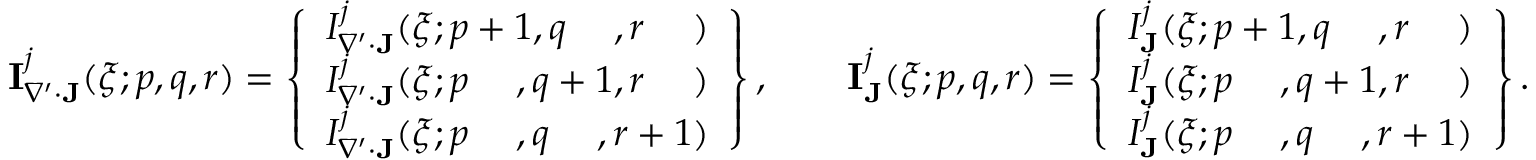
\begin{array} { r } { \mathbf { I } _ { \nabla ^ { \prime } \cdot \mathbf { J } } ^ { j } ( \boldsymbol { \xi } ; p , q , r ) = \left\{ \begin{array} { l } { I _ { \nabla ^ { \prime } \cdot \mathbf { J } } ^ { j } ( \boldsymbol { \xi } ; p + 1 , q \phantom { + 1 } , r \phantom { + 1 } ) } \\ { I _ { \nabla ^ { \prime } \cdot \mathbf { J } } ^ { j } ( \boldsymbol { \xi } ; p \phantom { + 1 } , q + 1 , r \phantom { + 1 } ) } \\ { I _ { \nabla ^ { \prime } \cdot \mathbf { J } } ^ { j } ( \boldsymbol { \xi } ; p \phantom { + 1 } , q \phantom { + 1 } , r + 1 ) } \end{array} \right\} , \qquad \mathbf { I } _ { \mathbf { J } } ^ { j } ( \boldsymbol { \xi } ; p , q , r ) = \left\{ \begin{array} { l } { I _ { \mathbf { J } } ^ { j } ( \boldsymbol { \xi } ; p + 1 , q \phantom { + 1 } , r \phantom { + 1 } ) } \\ { I _ { \mathbf { J } } ^ { j } ( \boldsymbol { \xi } ; p \phantom { + 1 } , q + 1 , r \phantom { + 1 } ) } \\ { I _ { \mathbf { J } } ^ { j } ( \boldsymbol { \xi } ; p \phantom { + 1 } , q \phantom { + 1 } , r + 1 ) } \end{array} \right\} . } \end{array}